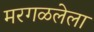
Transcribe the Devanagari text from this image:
मरगळलेला